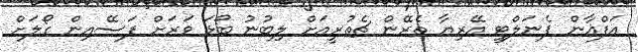
އަފްޣާން ޕެނަލްޓީ އޭރިޔާ ތެރޭން ޗެތުރީއަށް ލިބުނު ބޯޅަ ވަރަށް ފަސޭއިން ގޯލަށް